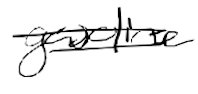
Text: gasoline
Cross-out: double-line
Writing tool: digital_black